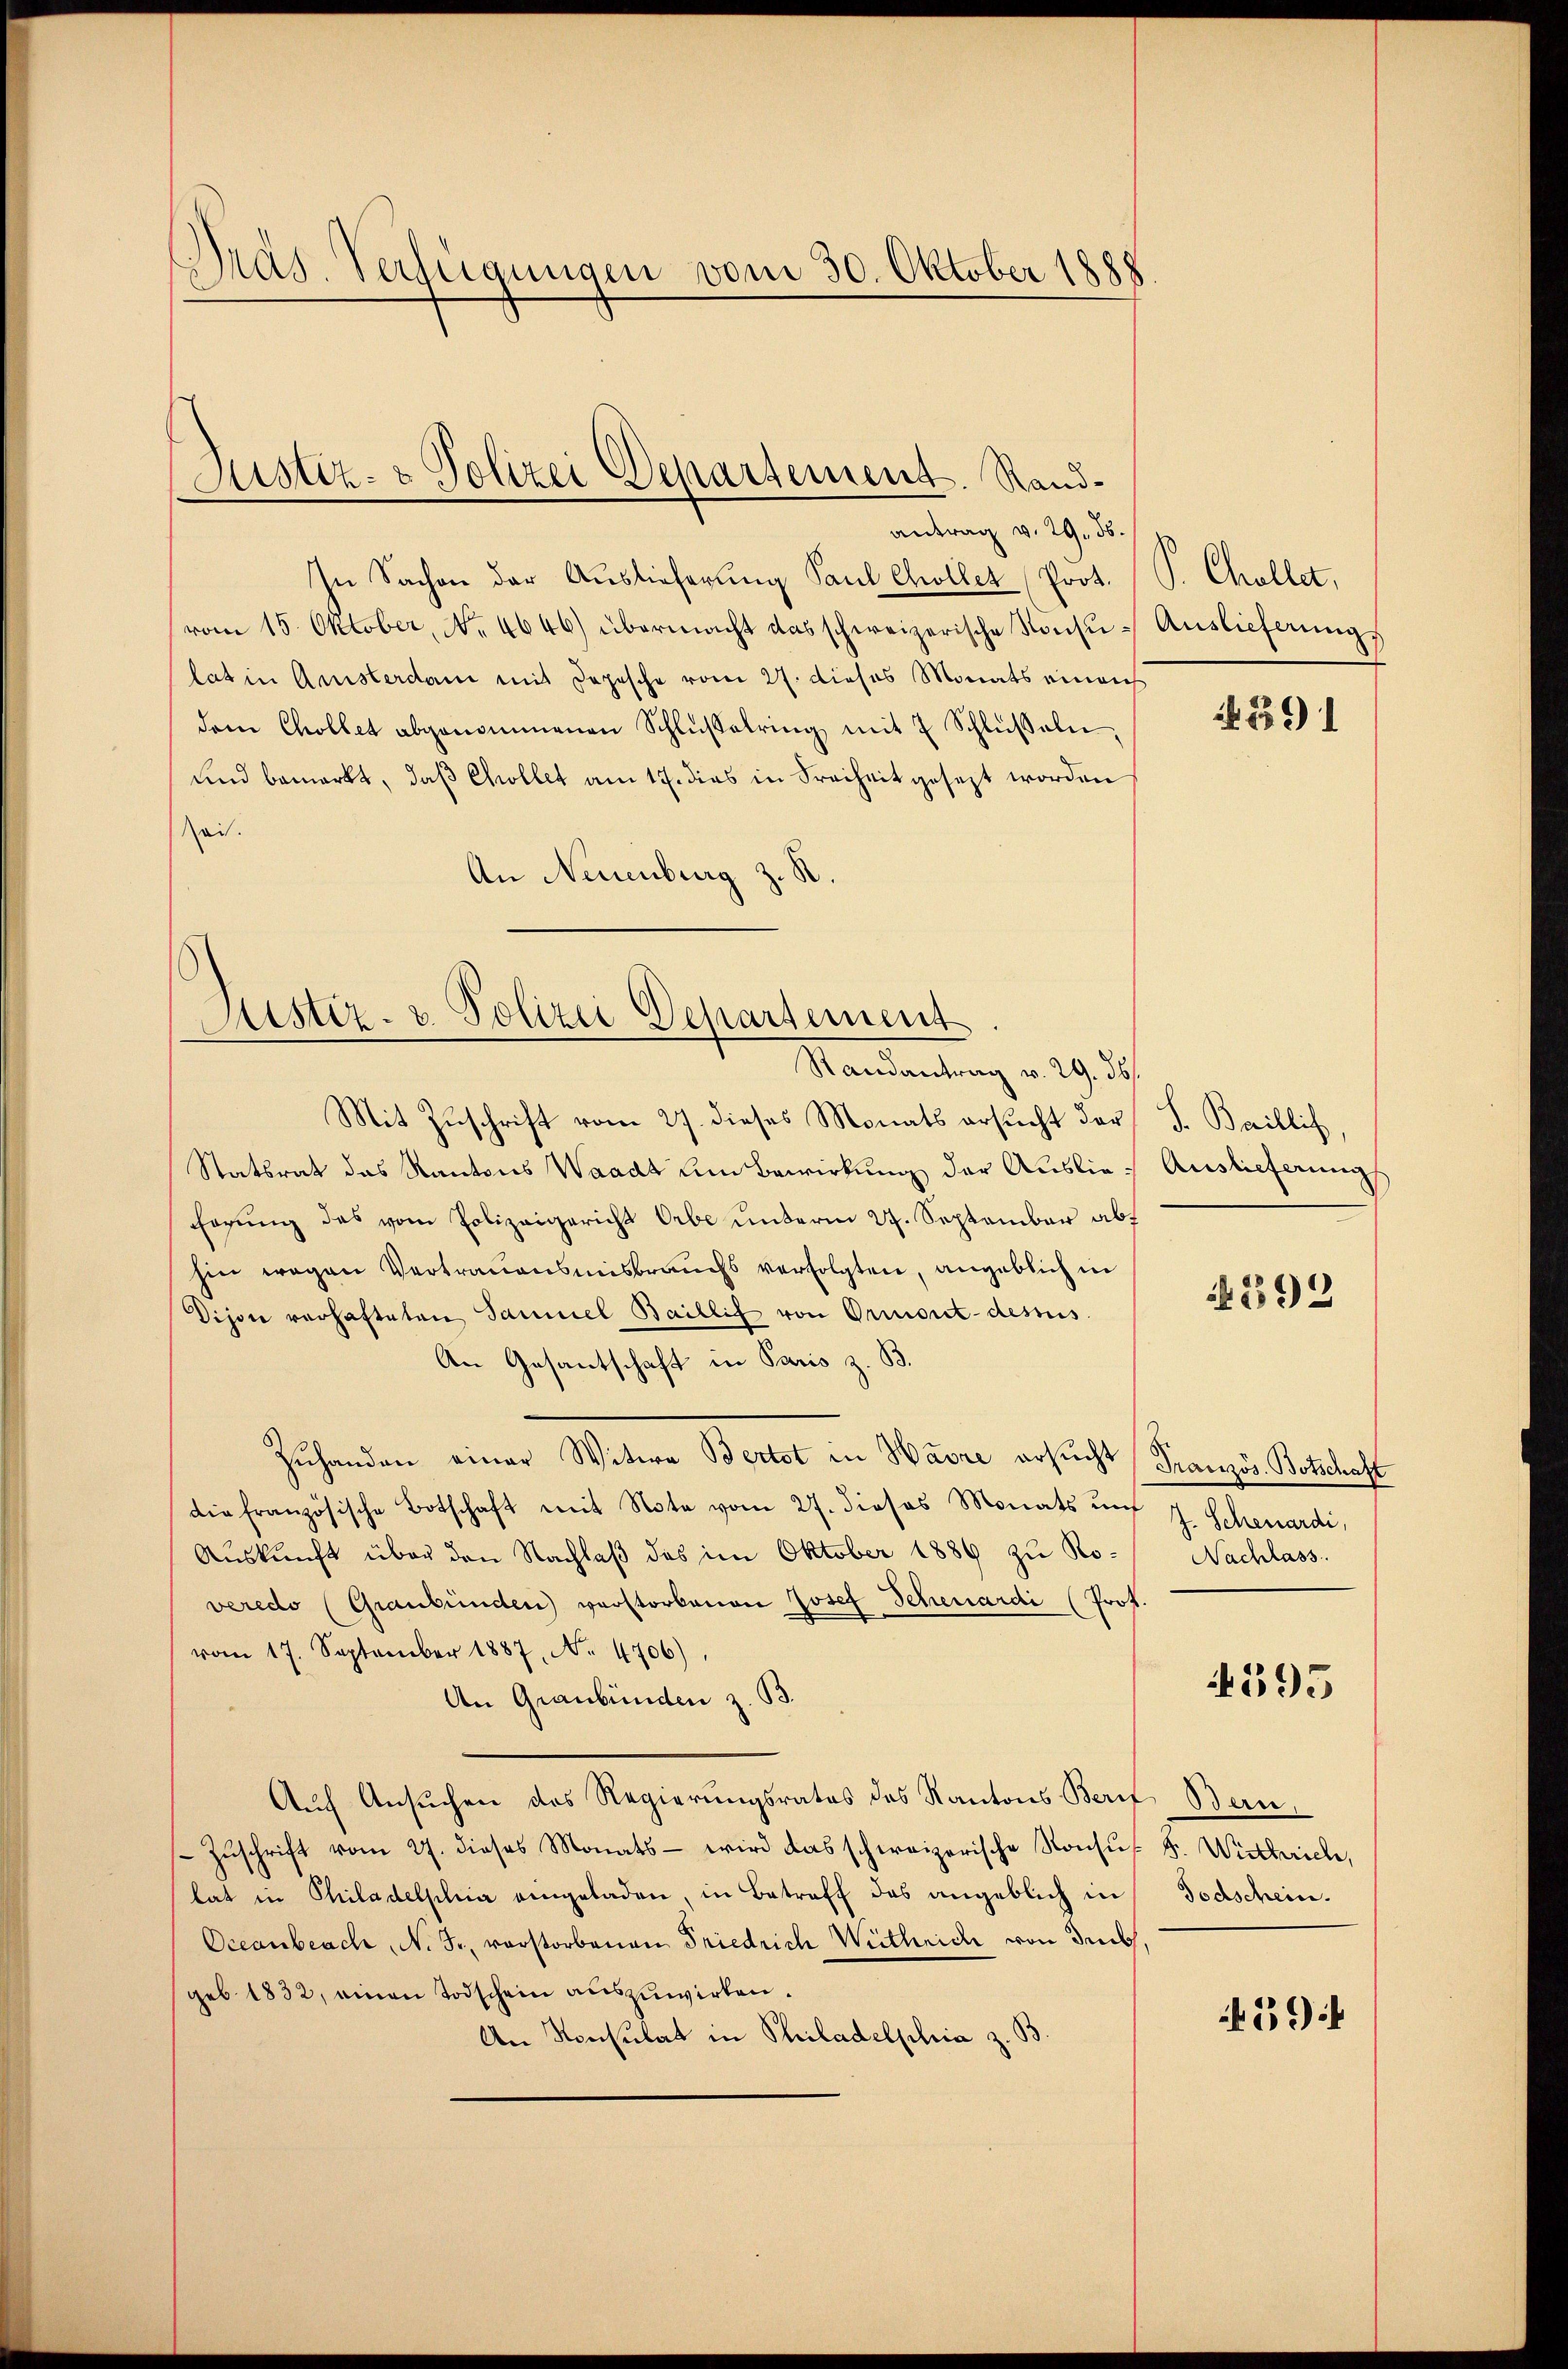
Pras. Verfügungen vom 30. Oktober 188

Justiz- & Polizei Departement. Randantrag v. 29. 56.

In Sachen der Auslieferung Paul Chollet Prot.
vom 15. Oktober, No. 4646.) übermacht das schweizerische Konsŭ- Auslieferungs
lat in Ansterdan mit Depesche vom 27. dieses Monats einach
dem Chollet abgenommenen Schlŭsselring mit 7 Schlŭβeln,
und bemerkt, daß Chollet am 17. dies in Freiheit gesezt worden
Zeit.
An Neuenburg z. R.

Justiz- u. Polizei Departement
Randantrag v. 29. 36.

Mit Zuschrift vom 27. dieses Monats ersucht der F. Baillis
Statsrat das Kantons Waadt um Bewirkung der Auslieherung das vom Polizeigericht Orbe unterm 27. September abt
hin wegen Vertrauensmisbrauchs verfolgten, angeblich in
Dijon verhafteten Samuel Baillig von Ormont-dessus.
An Gesantschaft in Paris z. B.
Zuhanden einer Witwe Bertot in Havre ersucht Französ. Botschaft
die französische Botschaft mit Note vom 27. dieses Monats und J. Schenardi,
Aŭskŭnft über den Nachlaβ des im Oktober 1886 zŭ Ro- Nachlass.
veredo (Graubünden) verstorbenen Josef Schenardi (Prof.
vom 17. September 1887, No. 4706),
An Graubünden z. B.
Aŭf Ansuchen des Regierungsrates des Kantons Beruf Bern,
Zŭschrift vom 27. dieses Monats wird das schweizerische Konsus S. Wirtheriche,
lat in Philadelphia eingeladen, in Betreff das angeblich in
Oceanbeach, N. Fr. vorstorbenen Friedrich Wüthrich von denks,
geb. 1832, einen Todschein auszuwirken.
An Konsulat in Philadelphia z. B.

S. Challer,
N 1391

Auslieferung

1292

595

Todschein.

439